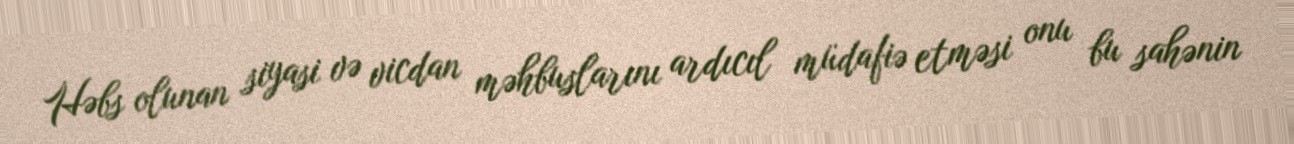
Həbs olunan siyasi və vicdan məhbuslarını ardıcıl müdafiə etməsi onu bu sahənin